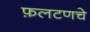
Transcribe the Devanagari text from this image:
फ़लटणचे